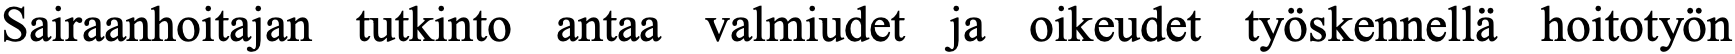
Sairaanhoitajan tutkinto antaa valmiudet ja oikeudet työskennellä hoitotyön